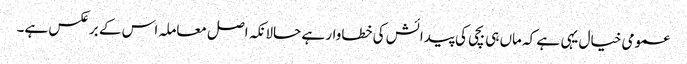
عمومی خیال یہی ہے کہ ماں ہی بچی کی پیدائش کی خطاوار ہے حالانکہ اصل معاملہ اس کے برعکس ہے۔